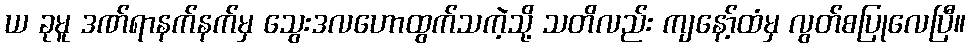
ယ ခုမူ ဒဏ်ရာနက်နက်မှ သွေးဒလဟောထွက်သကဲ့သို့ သတိလည်း ကျနော့်ထံမှ လွတ်စပြုလေပြီ။